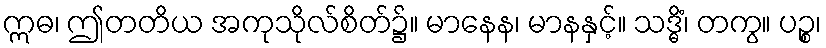
ဣဓ၊ ဤတတိယ အကုသိုလ်စိတ်၌။ မာနေန၊ မာနနှင့်။ သဒ္ဓိံ၊ တကွ။ ပဉ္စ၊